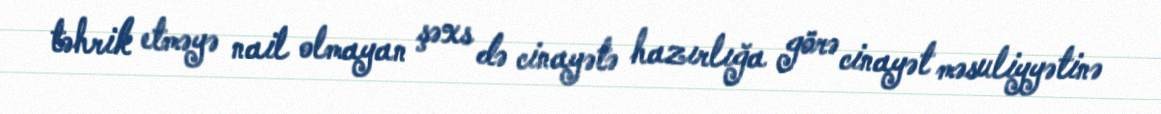
təhrik etməyə nail olmayan şəxs də cinayətə hazırlığa görə cinayət məsuliyyətinə